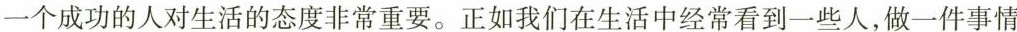
一个成功的人对生活的态度非常重要。正如我们在生活中经常看到一些人，做一件事情